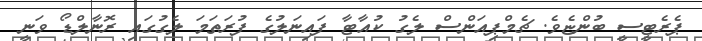
ޕެރެޓީސީ ބުންޏެވެ. ޗެމްޕިއަންސް ލެގު ކުއާޓާ ފައިނަލުގެ ފުރަތަމަ ލެގުގައި ރޮނާލްޑޯ ވަނީ